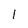
Character: 1